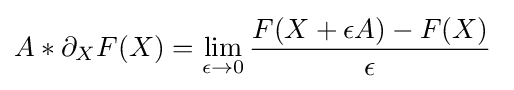
A*\partial _{X}F(X)=\lim _{\epsilon \to 0}{\frac {F(X+\epsilon A)-F(X)}{\epsilon }}\